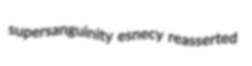
supersanguinity esnecy reasserted